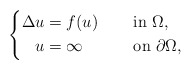
\begin{align*}\left\{\begin{aligned}\Delta u&=f(u)&&\quad\mbox{ in }\Omega,\\u&=\infty &&\quad\mbox{ on }\partial\Omega,\end{aligned}\right.\end{align*}